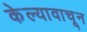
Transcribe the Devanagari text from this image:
केल्यावाचून